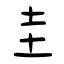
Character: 圭